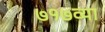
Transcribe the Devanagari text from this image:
७१७व्या